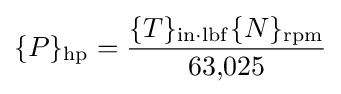
\{P\}_{\mathrm {hp} }={\frac {\{T\}_{\mathrm {in{\cdot }lbf} }\{N\}_{\mathrm {rpm} }}{63{,}025}}